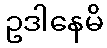
ဥဒါနေမိ